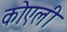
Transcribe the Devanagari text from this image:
कोएली